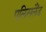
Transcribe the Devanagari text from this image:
एलिसलैंड